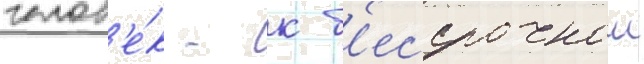
челов'е́к - к б'ессрочнои